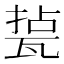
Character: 𤭥